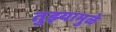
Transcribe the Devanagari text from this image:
तुझ्यामुळे